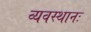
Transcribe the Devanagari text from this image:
व्यवस्थानः